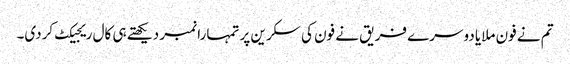
تم نے فون ملایا دوسرے فریق نے فون کی سکرین پر تمہارا نمبر دیکھتے ہی کال ریجیکٹ کردی۔